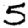
Digit: 5